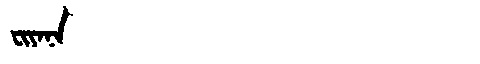
Manchu: ᠸᡳᠶᠠᠨᠠ
Romanization: FIYANA